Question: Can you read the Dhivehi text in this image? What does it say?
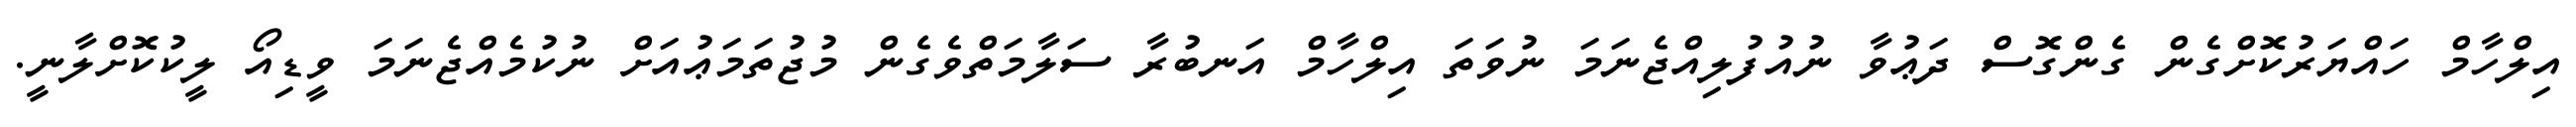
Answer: އިލްހާމް ހައްޔަރުކޮށްގެން ގެންގޮސް ދަޢުވާ ނުއުފުލިއްޖެނަމަ ނުވަތަ އިލްހާމް އަނބުރާ ސަލާމަތްވެގެން މުޖުތަމަޢުއަށް ނުކުމެއްޖެނަމަ ވީޑިއޯ ލީކުކޮށްލާނީ.